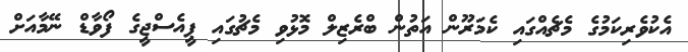
އެކުވެރިކަމުގެ މެޗެއްގައި ކެމަރޫން އަތުން ބްރެޒިލް މޮޅުވި މެޗުގައި ޕީއެސްޖީގެ ފޯވާޑް ނޭމާއަށް